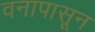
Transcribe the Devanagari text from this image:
वनापासून